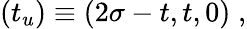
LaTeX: (t_{u})\equiv(2\sigma-t,t,0)\; ,